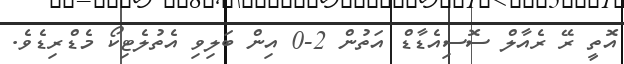
އޮތީ ރޭ ރެއާލް ސޮސިއެޑާޑް އަތުން 2-0 އިން ބަލިވި އެތުލެޓިކޯ މެޑްރިޑެވެ.